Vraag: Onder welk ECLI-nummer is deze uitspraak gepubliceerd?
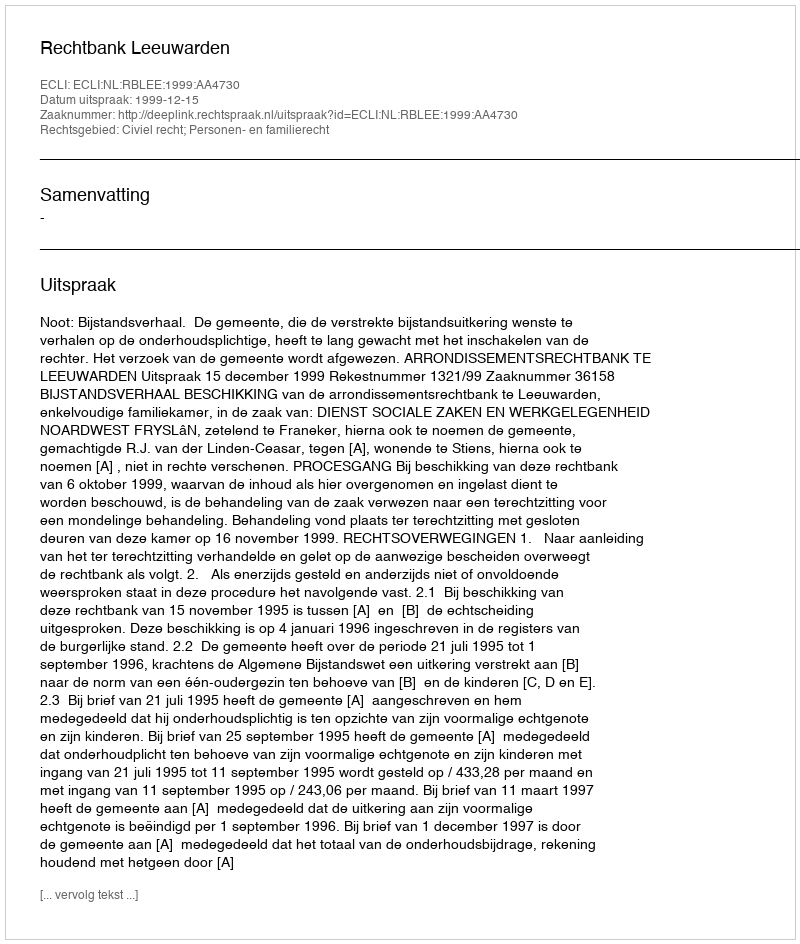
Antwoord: ECLI:NL:RBLEE:1999:AA4730